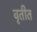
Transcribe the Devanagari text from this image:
वृतीत